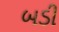
બડી